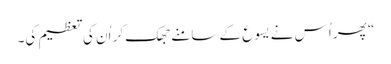
‏“‏ پھر اُس نے یسوع کے سامنے جھک کر اُن کی تعظیم کی۔